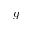
g